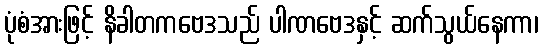
ပုံစံအားဖြင့် နိခါတကဗေဒသည် ပါဏဗေဒနှင့် ဆက်သွယ်နေကာ၊